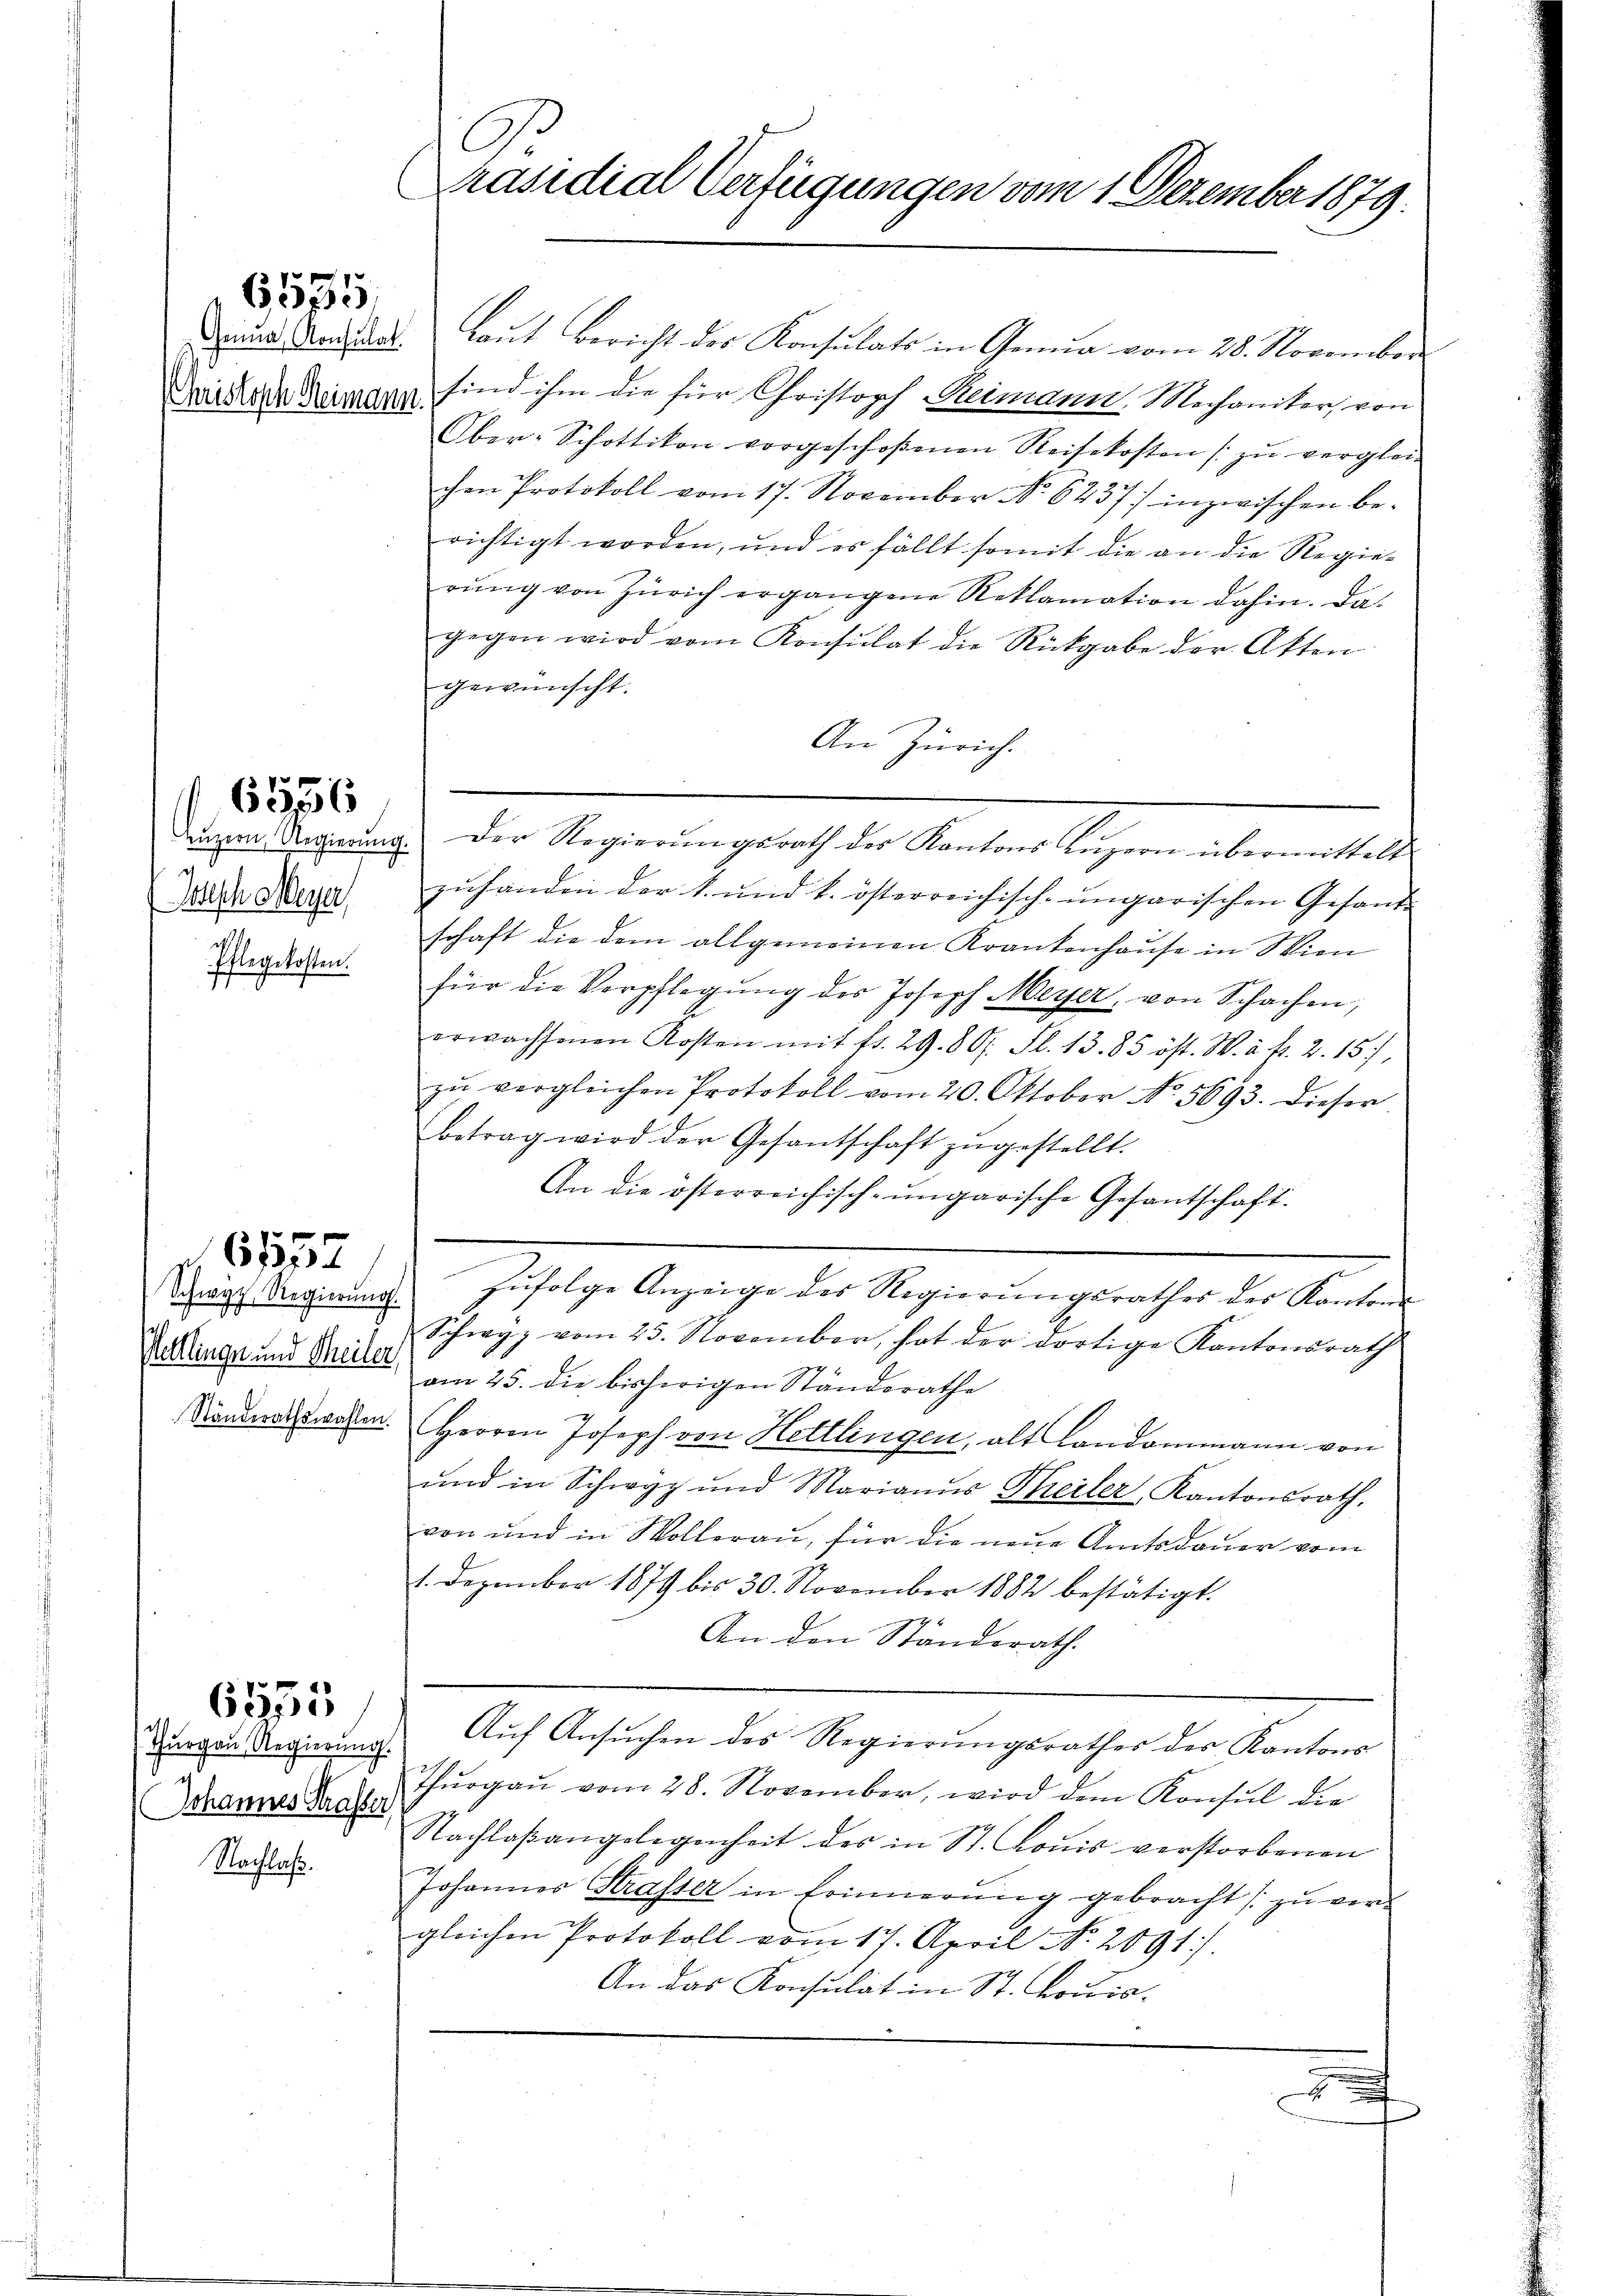
Gristisch Reimann.

6535

Ionisch Meyer
Pflegekosten.

6556

Pettlingen und Theiler
Ständerathswahlen.

6552

Thurgau, Regierung.
1
(Johannes Strasser

6535

Nachbahr.

C
Präsidial Verfügungen vom 1. Dezember 1879.

Frau Andel laut Bericht der Konsulats in Genua vom 20. November
sind ihm die für Christoph Reimann, Mechaniker, von
Ober-Schottikon vorgeschoßenen Reisekosten zŭ verglei
chen Protokoll vom 17. November No. 6237) inzwischen berichtigt worden, und es fällt somit die an die Regierŭng von Zürich ergangene Reklamation dahin. Dagegen wird vom Konsulat die Rückgabe der Akten
gewünscht.
An Zürich.
dener Regierung. Der Regierŭngsrath des Kantons Lŭzern übermittelt
zuhanden der 1. und k. österreichisch-ungarischen Gesand
schaft die dem allgemeinen Krankenhause in Wien
für die Verpflegŭng der Joseph Meyer, von Schachen,
erwachsenen Kosten mit fr. 29. 80. fl. 13. 85 öst. W. u. fr. 2. 15,
zŭ vergleichen Protokoll vom 20. Oktober No. 5693. Dieser
betrag wird der Gesantschaft zŭgestellt.
An die österreichisch-ungarische Gesantschaft.
grau Regierŭng zŭfolge Anzeige des Regierŭngsrathes des Kantons
Schwyz vom 25. November, hat der dortige Kantonsrath
am 25. die bisherigen Ständerathe
Herrn Joseph von Hettlingen, alt Landammann von
und in Schwyz und Marianŭs Theiler, Kantonsrath,
von und in Wolleraŭ, für die neŭe Amtsdauer vom
1. Dezember 1879 bis 30. November 1882 bestätigt.
An den Standerath.
Auf Ansuchen des Regierungsrathes des Kantons
Thŭrgaŭ vom 28. November, wird dem Konsul die
Nachlaßangelegenheit des in St. Louis verstorbenen
Johannes Strasser in Erinnerung gebracht zŭ ver-
gleichen Protokoll vom 17. April No. 2091)
An das Konsulat in St. Louis-

.